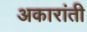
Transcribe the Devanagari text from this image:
अकारांती